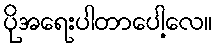
ပိုအရေးပါတာပေါ့လေ။